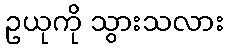
ဥယုကို သွားသလား